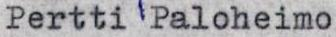
Pertti Paloheimo